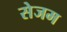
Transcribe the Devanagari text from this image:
सेजम